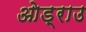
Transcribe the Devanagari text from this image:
ओड्राउ